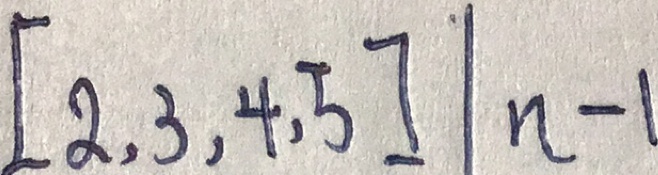
[ 2 , 3 , 4 , 5 ] \vert n - 1